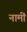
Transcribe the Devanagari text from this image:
नामीं